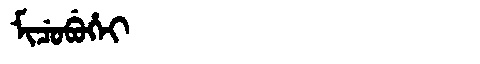
Manchu: ᠮᡳᠴᡠᠪᡠᡥᡝᡳ
Romanization: MICUBUHEI